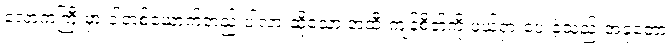
လောကကြီးမှာ ငါတစ်ယောက်တည်းပါလားဆိုသော အထီးကျန်စိတ်ကို ဖယ်ရှားပေးခဲ့သည်။အခုတော့